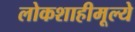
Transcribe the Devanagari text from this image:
लोकशाहीमूल्ये